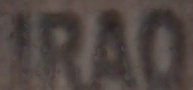
IRAQ